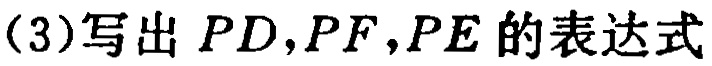
(3)写出 \(PD,PF,PE\) 的表达式